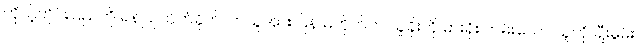
ကိုယ့်တိုင်းပြည်ကို ရန်ပြု တိုက်ခိုက်လာသူအား ပြန် မတိုက်ဘဲ သူခိုးကို ဓားရိုး ကမ်းသော သူကို ချီးမွမ်း